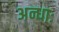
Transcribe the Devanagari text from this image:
अन्धाः